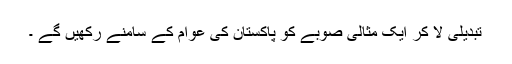
تبدیلی لا کر ایک مثالی صوبے کو پاکستان کی عوام کے سامنے رکھیں گے ۔